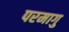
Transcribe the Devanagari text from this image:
परमागु